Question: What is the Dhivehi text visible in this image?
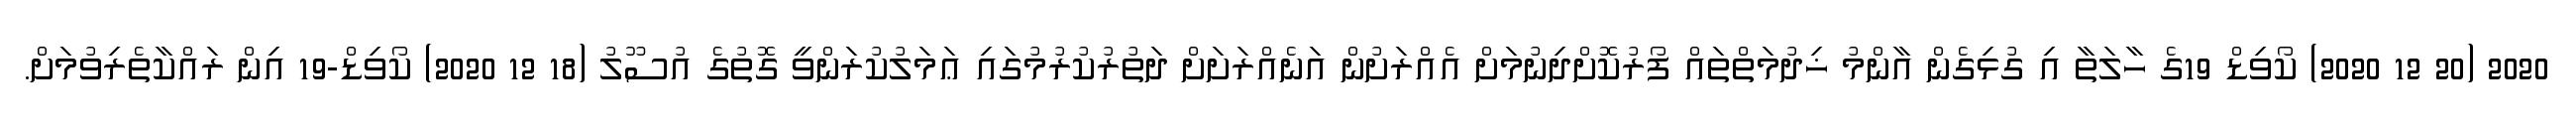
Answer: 2020 (20 12 2020) ކޯވިޑް 19ގެ ހާލަތާ އި ގުޅިގެން އާންމު ޚިދުމަތްތައް ފޯރުކޮށްދިނުމަށް އެއްރަށުން އަނެއްރަށަށް ދަތުރުކުރުމުގައި ޢަމަލުކުރަންވީ ގޮތުގެ އުސޫލު (18 12 2020) ކޯވިޑް-19 އިން ރައްކާތެރިވުމަށް.